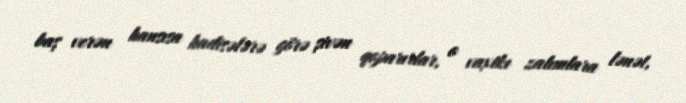
baş verən hansısa hadisələrə görə şivən qoparırlar, o vaxtkı zalımlara lənət,